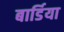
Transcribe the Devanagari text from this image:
बार्डिया